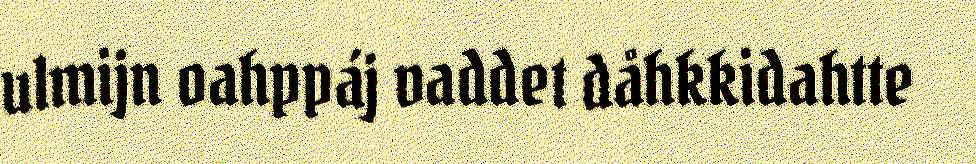
ulmijn oahppáj vaddet dåhkkidahtte